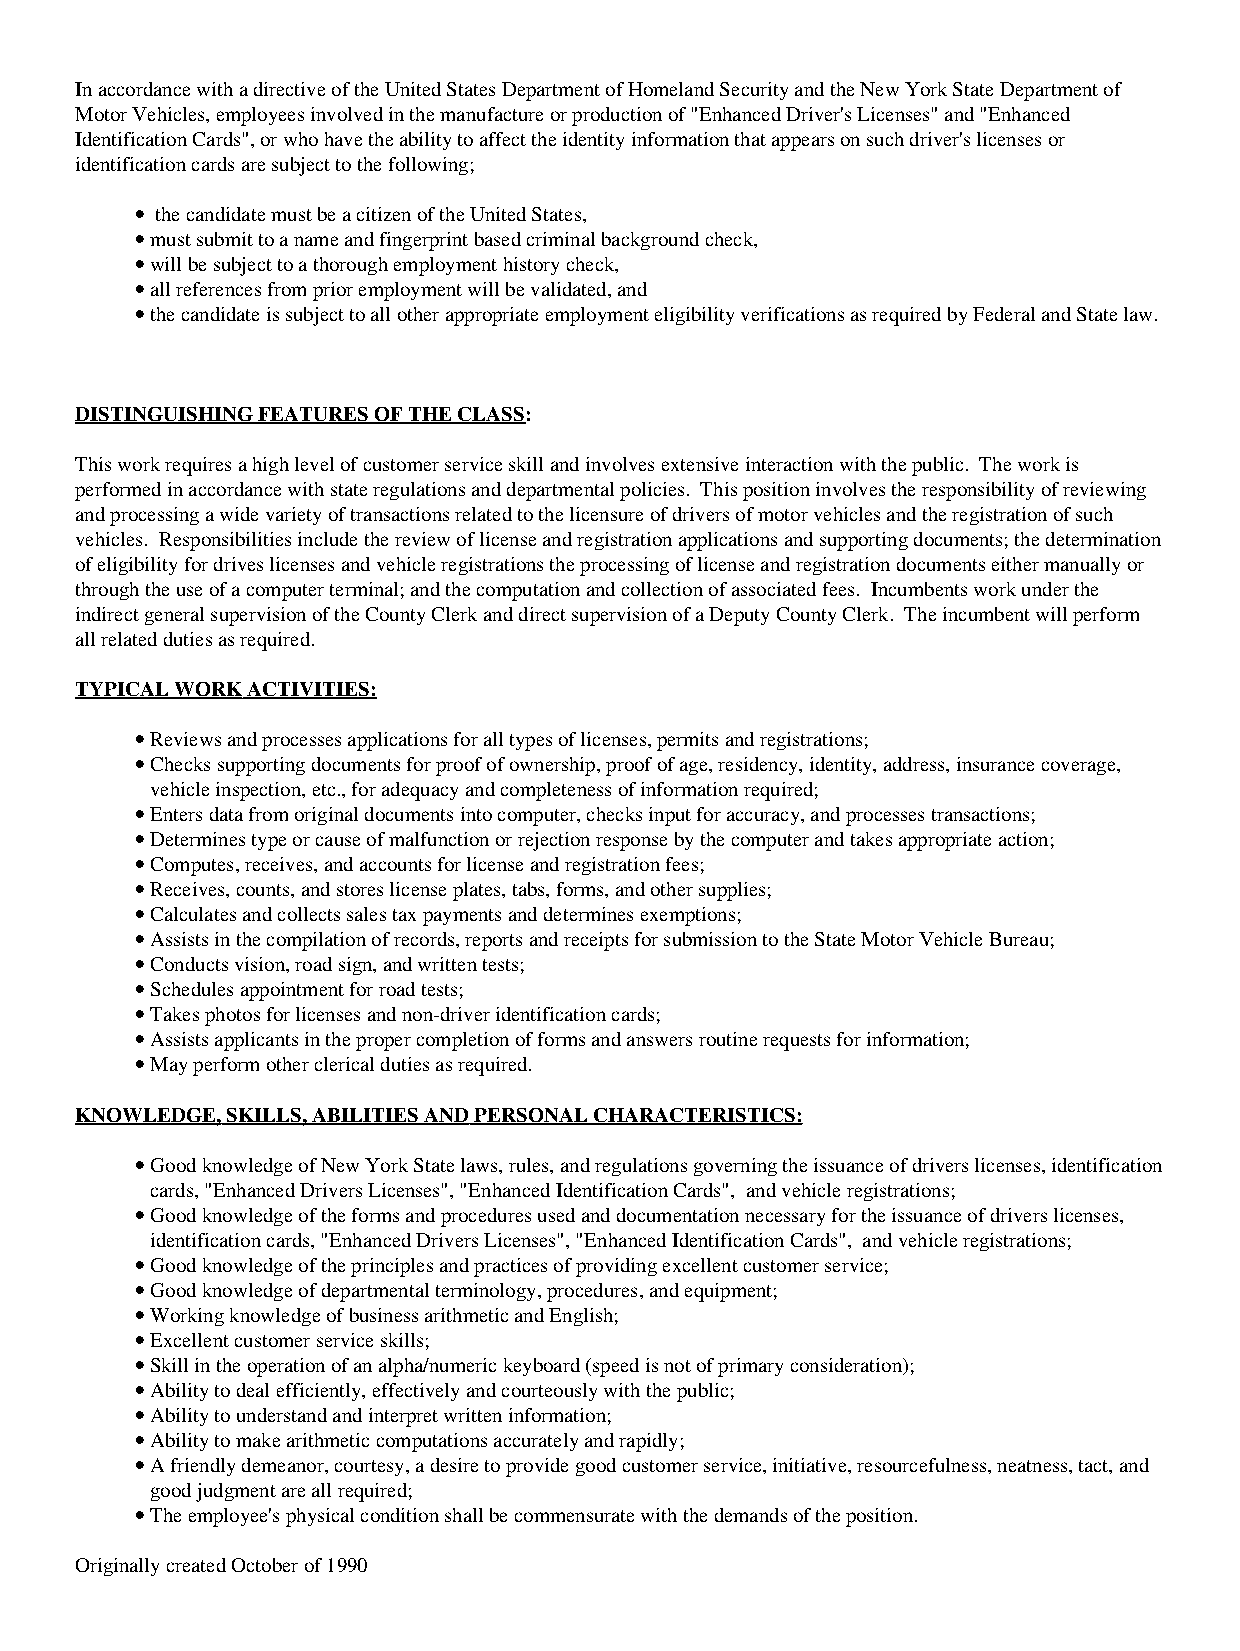
In accordance with a directive of the United States Department of Homeland Security and the New York State Department of
 Motor Vehicles, employees involved in the manufacture or production of "Enhanced Driver's Licenses" and "Enhanced
 Identification Cards", or who have the ability to affect the identity information that appears on such driver's licenses or
 identification cards are subject to the following;
 • the candidate must be a citizen of the United States,
 • must submit to a name and fingerprint based criminal background check,
 • will be subject to a thorough employment history check,
 • all references from prior employment will be validated, and
 • the candidate is subject to all other appropriate employment eligibility verifications as required by Federal and State law.
 DISTINGUISHING FEATURES OF THE CLASS:
 This work requires a high level of customer service skill and involves extensive interaction with the public. The work is
 performed in accordance with state regulations and departmental policies. This position involves the responsibility of reviewing
 and processing a wide variety of transactions related to the licensure of drivers of motor vehicles and the registration of such
 vehicles. Responsibilities include the review of license and registration applications and supporting documents; the determination
 of eligibility for drives licenses and vehicle registrations the processing of license and registration documents either manually or
 through the use of a computer terminal; and the computation and collection of associated fees. Incumbents work under the
 indirect general supervision of the County Clerk and direct supervision of a Deputy County Clerk. The incumbent will perform
 all related duties as required.
 TYPICAL WORK ACTIVITIES:
 • Reviews and processes applications for all types of licenses, permits and registrations;
 • Checks supporting documents for proof of ownership, proof of age, residency, identity, address, insurance coverage,
 vehicle inspection, etc., for adequacy and completeness of information required;
 • Enters data from original documents into computer, checks input for accuracy, and processes transactions;
 • Determines type or cause of malfunction or rejection response by the computer and takes appropriate action;
 • Computes, receives, and accounts for license and registration fees;
 • Receives, counts, and stores license plates, tabs, forms, and other supplies;
 • Calculates and collects sales tax payments and determines exemptions;
 • Assists in the compilation of records, reports and receipts for submission to the State Motor Vehicle Bureau;
 • Conducts vision, road sign, and written tests;
 • Schedules appointment for road tests;
 • Takes photos for licenses and non-driver identification cards;
 • Assists applicants in the proper completion of forms and answers routine requests for information;
 • May perform other clerical duties as required.
 KNOWLEDGE, SKILLS, ABILITIES AND PERSONAL CHARACTERISTICS:
 • Good knowledge of New York State laws, rules, and regulations governing the issuance of drivers licenses, identification
 cards, "Enhanced Drivers Licenses", "Enhanced Identification Cards", and vehicle registrations;
 • Good knowledge of the forms and procedures used and documentation necessary for the issuance of drivers licenses,
 identification cards, "Enhanced Drivers Licenses", "Enhanced Identification Cards", and vehicle registrations;
 • Good knowledge of the principles and practices of providing excellent customer service;
 • Good knowledge of departmental terminology, procedures, and equipment;
 • Working knowledge of business arithmetic and English;
 • Excellent customer service skills;
 • Skill in the operation of an alpha/numeric keyboard (speed is not of primary consideration);
 • Ability to deal efficiently, effectively and courteously with the public;
 • Ability to understand and interpret written information;
 • Ability to make arithmetic computations accurately and rapidly;
 • A friendly demeanor, courtesy, a desire to provide good customer service, initiative, resourcefulness, neatness, tact, and
 good judgment are all required;
 • The employee's physical condition shall be commensurate with the demands of the position.
 Originally created October of 1990